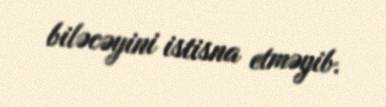
biləcəyini istisna etməyib.